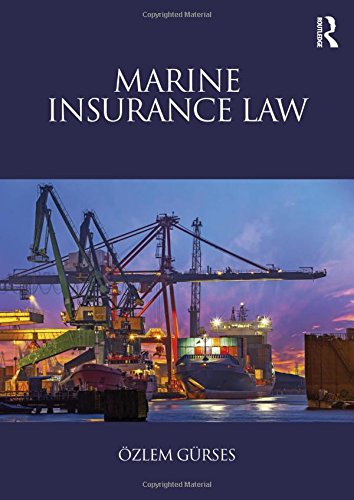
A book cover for Marine Insurance Law; Ozlem Gurses; Law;